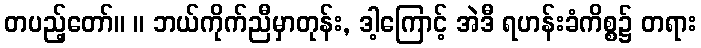
တပည့်တော်။ ။ ဘယ်ကိုက်ညီမှာတုန်း, ဒါ့ကြောင့် အဲဒီ ရဟန်းခံကိစ္စ၌ တရား